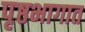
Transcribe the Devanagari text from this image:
पृष्ठभागात